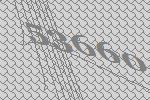
53660